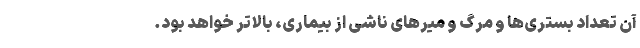
آن تعداد بستری‌ها و مرگ و میرهای ناشی از بیماری، بالاتر خواهد بود.